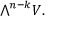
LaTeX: { \textstyle \bigwedge } ^ { n - k } V .